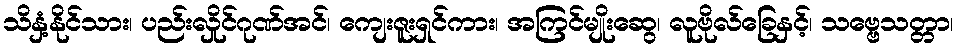
သိနှံ့နိုင်သား၊ ပည်းလှိုင်ဂုဏ်အင်၊ ကျေးဇူးရှင်ကား၊ အကြင်မျိုးဆွေ၊ လူဗိုလ်ခြေနှင့်၊ သဗ္ဗေသတ္တာ၊